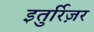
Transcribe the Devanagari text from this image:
इतुर्रिज़र